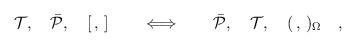
LaTeX: \begin{align*}{\cal T},\quad \bar{\cal P},\quad [\,,\,]\quad\quad\Longleftrightarrow\quad\quad\bar{\cal P},\quad{\cal T},\quad(\,,\,)_\Omega\quad,\end{align*}